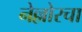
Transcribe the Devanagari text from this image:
नेल्लोरचा